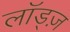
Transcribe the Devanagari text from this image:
लॉड्ज़